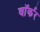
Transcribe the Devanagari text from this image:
वाॅर्कर